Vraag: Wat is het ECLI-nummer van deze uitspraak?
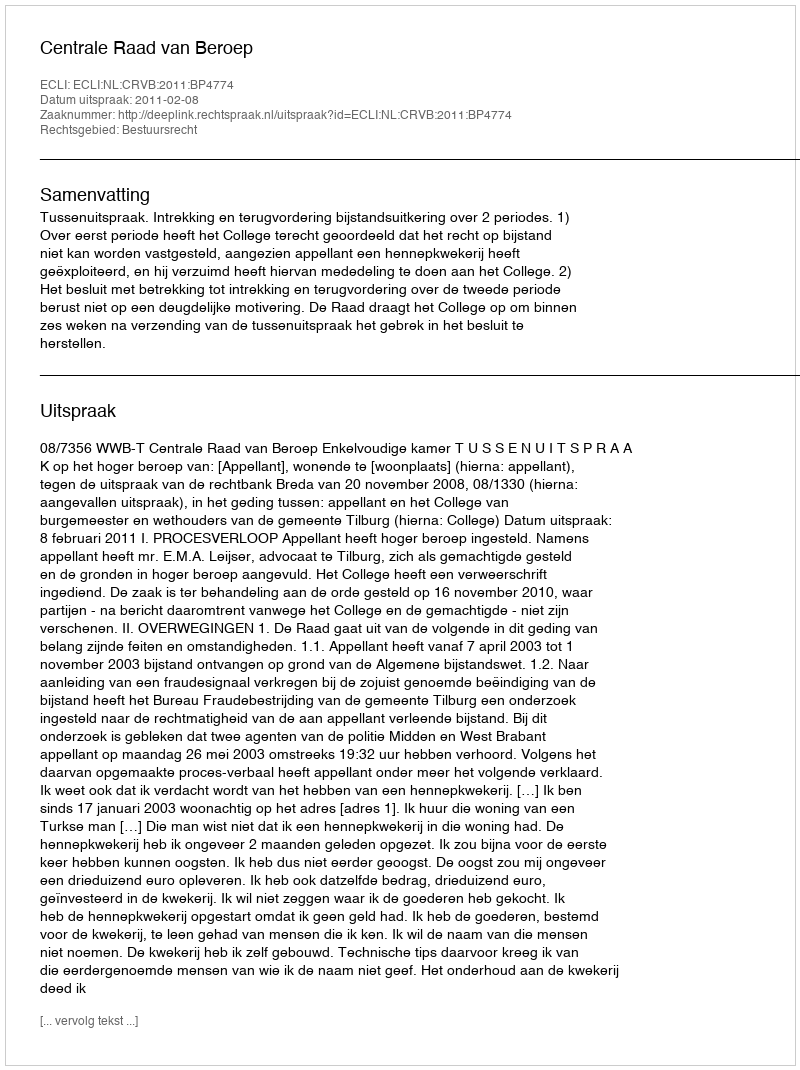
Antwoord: ECLI:NL:CRVB:2011:BP4774